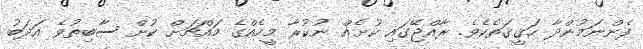
ފެންނަމުންދާ ހަޤީޤަތެކެވެ. ރާއްޖޭގައި ކުށެއް ނުކުރާ މީހެއްގެ މައްޗަށް ކުށް ސާބިތުވެ އަދަބު